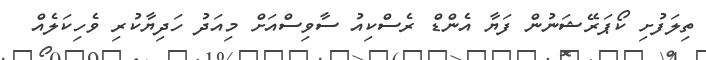
ތިލަފުށި ކޯޕަރޭޝަނުން ފަޔާ އެންޑް ރެސްކިއު ސާވިސްއަށް މިއަދު ހަދިޔާކުރި ވެހިކަލެއް